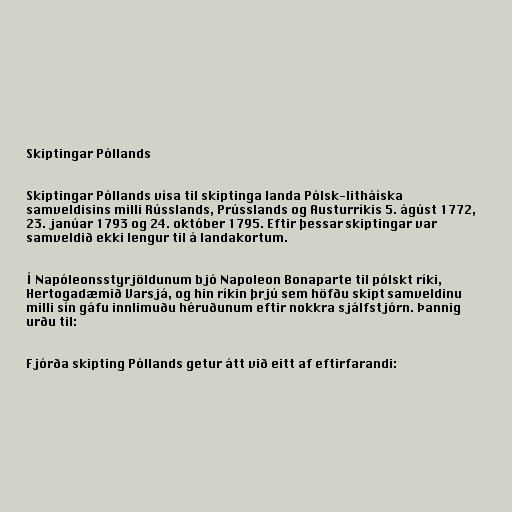
Skiptingar Póllands

Skiptingar Póllands vísa til skiptinga landa Pólsk-litháíska
samveldisins milli Rússlands, Prússlands og Austurríkis 5. ágúst 1772,
23. janúar 1793 og 24. október 1795. Eftir þessar skiptingar var
samveldið ekki lengur til á landakortum.

Í Napóleonsstyrjöldunum bjó Napoleon Bonaparte til pólskt ríki,
Hertogadæmið Varsjá, og hin ríkin þrjú sem höfðu skipt samveldinu
milli sín gáfu innlimuðu héruðunum eftir nokkra sjálfstjórn. Þannig
urðu til:

Fjórða skipting Póllands getur átt við eitt af eftirfarandi: